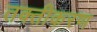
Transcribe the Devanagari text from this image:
तक्तीकरण